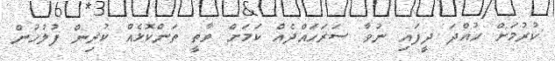
ކުރުމަށް ހުއްދަ ދީފައި ނުވާ ސަރަހައްދެއް ކަމަށް ވާތީ ތަންކޮޅެއް ކުރިން ފުލުހުން